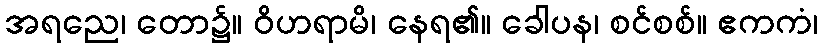
အရညေ၊ တော၌။ ဝိဟရာမိ၊ နေရ၏။ ခေါပန၊ စင်စစ်။ ဧကကံ၊